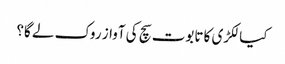
کیا لکڑی کا تابوت سچ کی آواز روک لے گا؟